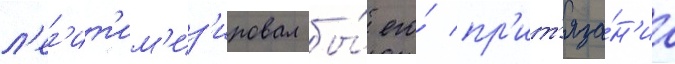
л'ег'ит'им'из'ировал бы́ его́ пр'ит'яза́н'иа